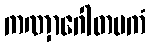
ကဏှာဂေါတမကံ